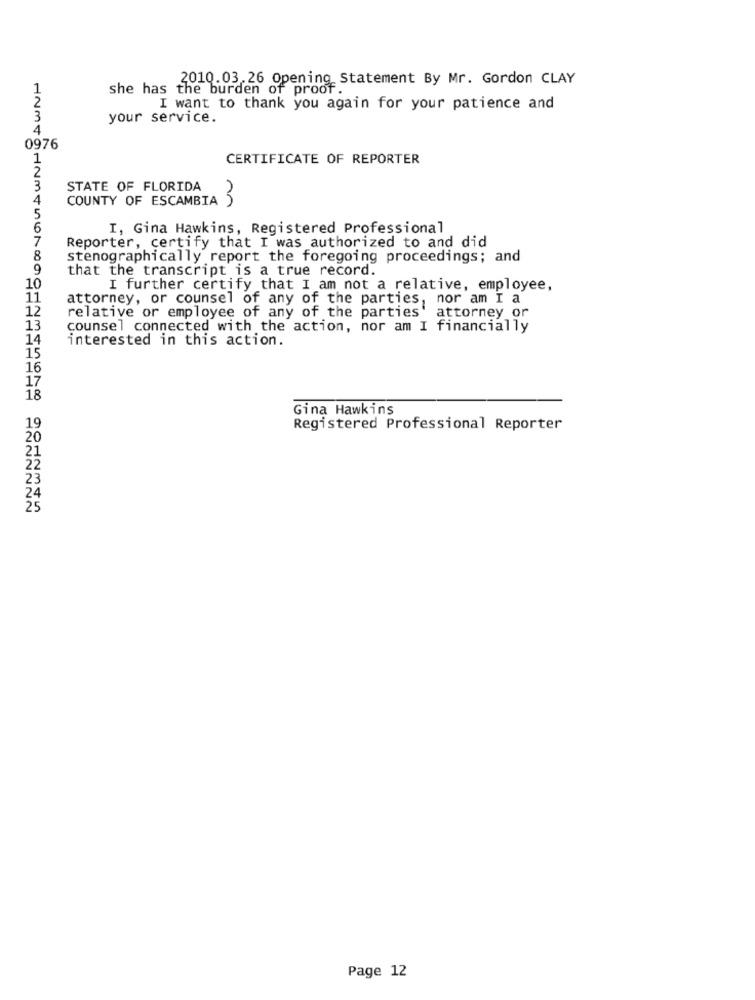
2010.03.26 Opening Statement By Mr. Gordon CLAY
she has the burden of proof.
I want to thank you again for your patience and
3
your service.
4
0976
1
CERTIFICATE OF REPORTER
3
STATE OF FLORIDA
4
COUNTY OF ESCAMBIA 3
5
6
I, Gina Hawkins, Registered Professional
7
Reporter, certify that I was authorized to and did
8
stenographically report the foregoing proceedings; and
9
that the transcript is a true record.
10
I further certify that I am not a relative, employee,
11
attorney, or counsel of any of the parties, nor am I a
12
relative or employee of any of the parties' attorney or
13
counsel connected with the action, nor am I financially
14
interested in this action.
15
16
17
18
Gina Hawkins
19
Registered Professional Reporter
20
21
22
23
24
25
Page 12